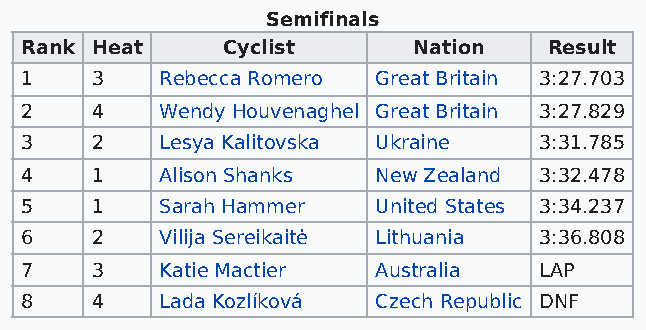
Semifinals
 Rank Heat     Cyclist     Nation   Result
 1    3    Rebecca Romero Great Britain 3:27.703
 2    4    Wendy Houvenaghel Great Britain 3:27.829
 3    2    Lesya Kalitovska Ukraine 3:31.785
 4    1    Alison Shanks New Zealand 3:32.478
 5    1    Sarah Hammer  United States 3:34.237
 6    2    Vilija Sereikaitė Lithuania 3:36.808
 7    3    Katie Mactier Australia  LAP
 8    4    Lada Kozlíková Czech Republic DNF